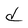
Character: d